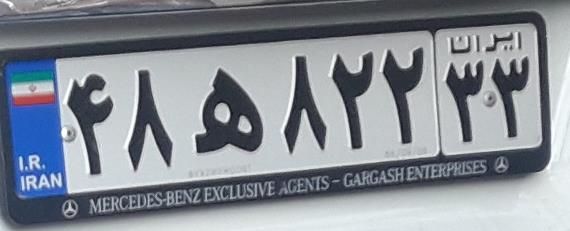
۴۸ه۸۲۲۳۳